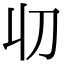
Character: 𠚨